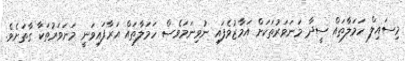
މިސައިލް ހަމަލާތައް ސީދާ މަނަވަރުތަކަށް އަމާޒުވެފައި ނުވިނަމަވެސް ހަމަލާތައް އަރާފައިވަނީ މަނަވަރުތަކާ ގާތަށެވެ.